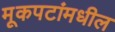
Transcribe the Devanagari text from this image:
मूकपटांमधील